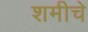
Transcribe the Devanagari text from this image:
शमीचे